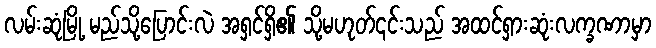
လမ်းဆုံမြို့ မည်သို့ပြောင်းလဲ အရှင်ရှိ၏ သို့မဟုတ်၎င်းသည် အထင်ရှားဆုံးလက္ခဏာမှာ